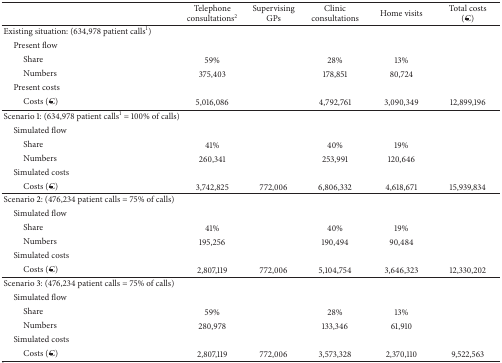
<table><thead><tr><td><b> </b></td><td><b>Telephone consultations<sup>2</sup></b></td><td><b>Supervising GPs</b></td><td><b>Clinic consultations</b></td><td><b>Home visits</b></td><td><b>Total costs(€)</b></td></tr></thead><tbody><tr><td>Existing situation: (634,978 patient calls<sup>1</sup>)</td><td> </td><td> </td><td> </td><td> </td><td> </td></tr><tr><td> Present flow</td><td> </td><td> </td><td> </td><td> </td><td> </td></tr><tr><td>Share</td><td>59%</td><td> </td><td>28%</td><td>13%</td><td> </td></tr><tr><td>Numbers </td><td>375,403 </td><td> </td><td>178,851</td><td>80,724 </td><td> </td></tr><tr><td> Present costs</td><td> </td><td> </td><td> </td><td> </td><td> </td></tr><tr><td>Costs (€) </td><td>5,016,086</td><td> </td><td>4,792,761</td><td>3,090,349</td><td>12,899,196</td></tr><tr><td>Scenario 1: (634,978 patient calls<sup>1</sup> = 100% of calls)</td><td> </td><td> </td><td> </td><td> </td><td> </td></tr><tr><td> Simulated flow</td><td> </td><td> </td><td> </td><td> </td><td> </td></tr><tr><td>Share</td><td>41%</td><td> </td><td>40%</td><td>19%</td><td> </td></tr><tr><td>Numbers </td><td>260,341</td><td> </td><td>253,991 </td><td>120,646 </td><td> </td></tr><tr><td> Simulated costs</td><td> </td><td> </td><td> </td><td> </td><td> </td></tr><tr><td>Costs (€)</td><td>3,742,825</td><td>772,006</td><td>6,806,332</td><td>4,618,671</td><td>15,939,834</td></tr><tr><td>Scenario 2: (476,234 patient calls = 75% of calls)</td><td> </td><td> </td><td> </td><td> </td><td> </td></tr><tr><td> Simulated flow</td><td> </td><td> </td><td> </td><td> </td><td> </td></tr><tr><td>Share</td><td>41%</td><td> </td><td>40%</td><td>19%</td><td> </td></tr><tr><td>Numbers </td><td>195,256</td><td> </td><td>190,494 </td><td>90,484 </td><td> </td></tr><tr><td> Simulated costs</td><td> </td><td> </td><td> </td><td> </td><td> </td></tr><tr><td>Costs (€) </td><td>2,807,119</td><td>772,006</td><td>5,104,754</td><td>3,646,323</td><td>12,330,202</td></tr><tr><td>Scenario 3: (476,234 patient calls = 75% of calls)</td><td> </td><td> </td><td> </td><td> </td><td> </td></tr><tr><td> Simulated flow</td><td> </td><td> </td><td> </td><td> </td><td> </td></tr><tr><td>Share</td><td>59%</td><td> </td><td>28%</td><td>13%</td><td> </td></tr><tr><td>Numbers </td><td>280,978</td><td> </td><td>133,346</td><td>61,910</td><td> </td></tr><tr><td> Simulated costs</td><td> </td><td> </td><td> </td><td> </td><td> </td></tr><tr><td>Costs (€) </td><td>2,807,119</td><td>772,006</td><td>3,573,328</td><td>2,370,110</td><td>9,522,563</td></tr></tbody></table>